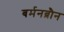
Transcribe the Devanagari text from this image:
बर्मनब्रौन